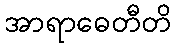
အာရာဓေတီတိ